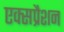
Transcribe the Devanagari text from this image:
एक्सप्रैशन